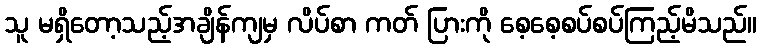
သူ မရှိတော့သည့်အချိန်ကျမှ လိပ်စာ ကတ် ပြားကို စေ့စေ့စပ်စပ်ကြည့်မိသည်။